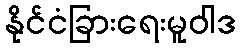
နိုင်ငံခြားရေးမူဝါဒ